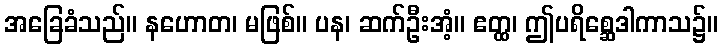
အခြေခံသည်။ နဟောတ၊ မဖြစ်။ ပန၊ ဆက်ဦးအံ့။ ဧတ္ထ၊ ဤပရိစ္ဆေဒါကာသ၌။